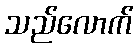
သည်လောက်